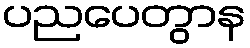
ပညပေတွာန